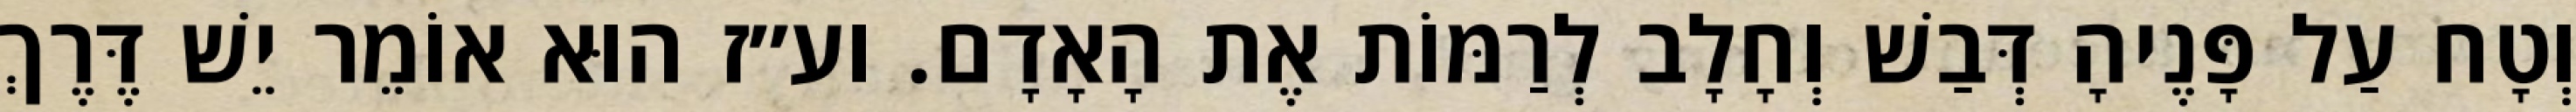
וְטָח עַל פָּנֶיהָ דְּבַשׁ וְחָלָב לְרַמּוֹת אֶת הָאָדָם. וע״ז הוּא אוֹמֵר יֵשׁ דֶּרֶךְ